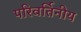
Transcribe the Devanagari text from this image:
परिवर्तिनीय